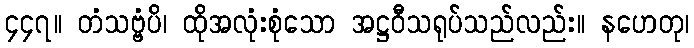
၄၄၇။ တံသဗ္ဗံပိ၊ ထိုအလုံးစုံသော အဋ္ဌဝီသရုပ်သည်လည်း။ နဟေတု၊